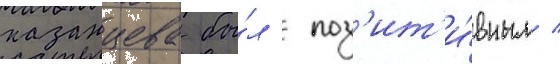
казанцева бы́л поз'ит'и́вным /